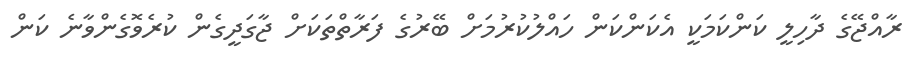
ރާއްޖޭގެ ދާހިލީ ކަންކަމަކީ އެކަންކަން ހައްލުކުރުމަށް ބޭރުގެ ފަރާތްތަކަށް ޖާގަދީގެން ކުރެވޮގެންވާނެ ކަން